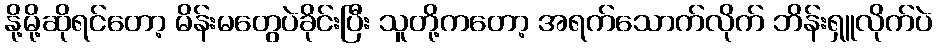
နို့မို့ဆိုရင်တော့ မိန်းမတွေပဲခိုင်းပြီး သူတို့ကတော့ အရက်သောက်လိုက် ဘိန်းရှူလိုက်ပဲ